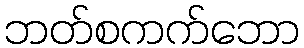
ဘတ်စကက်ဘော